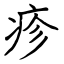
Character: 疹